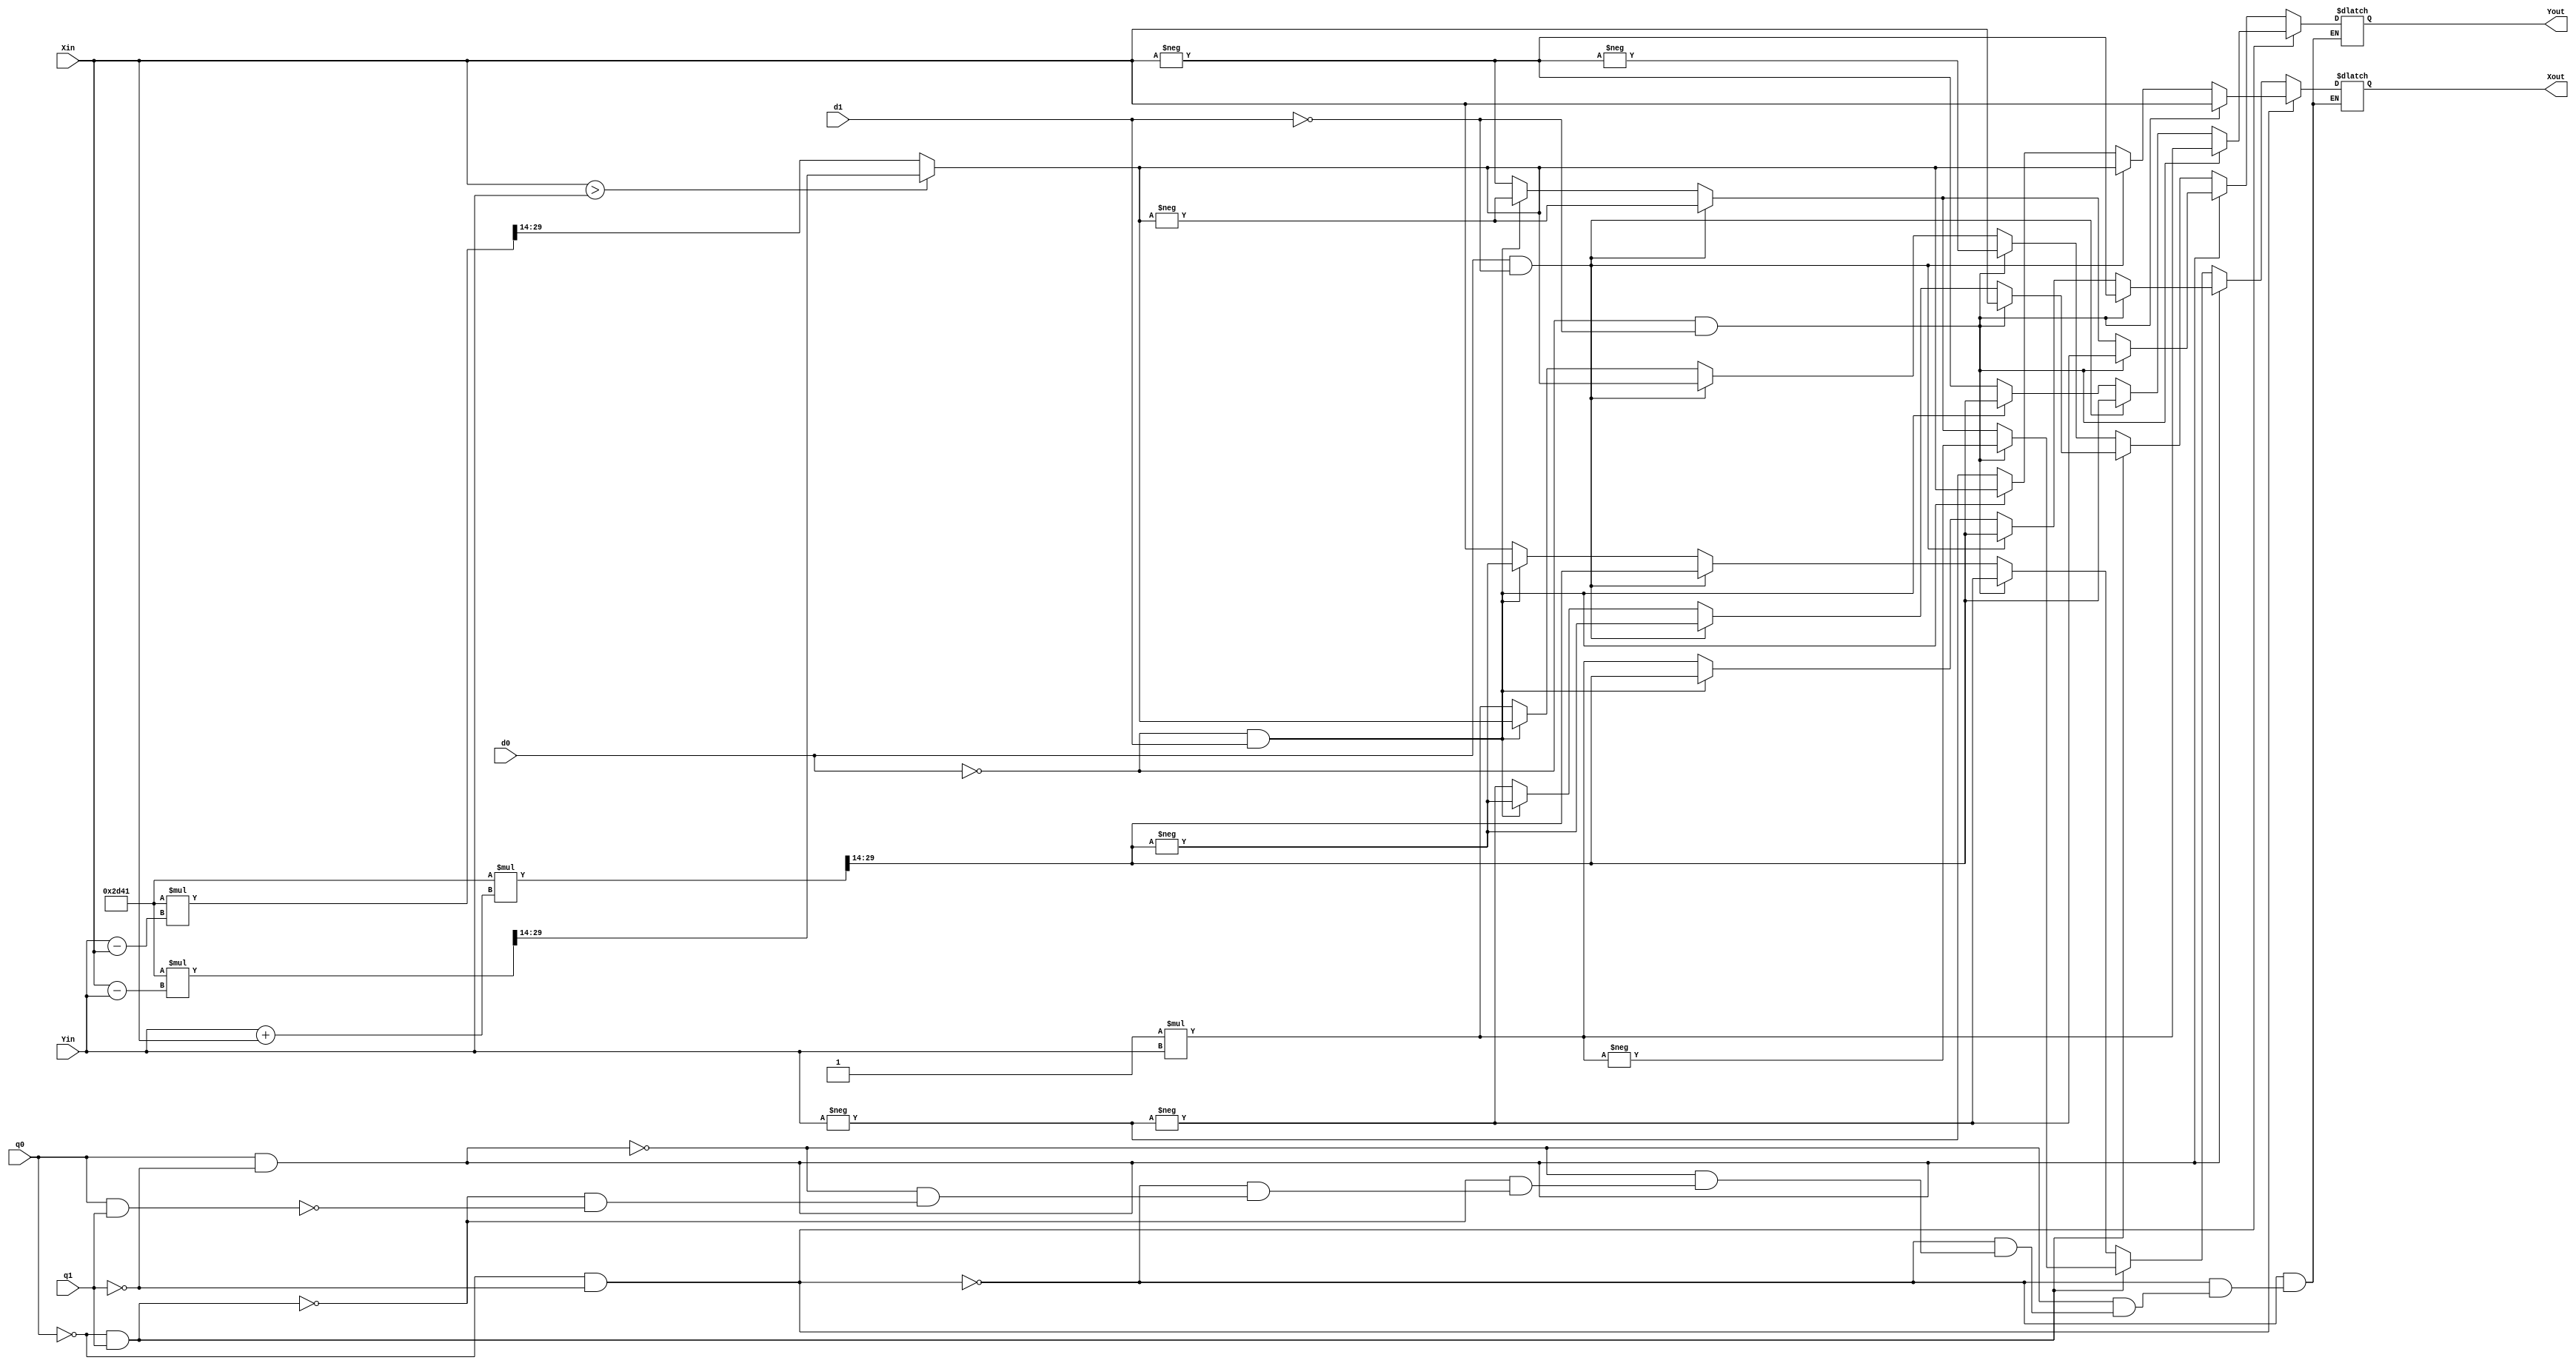
`timescale 1ns / 1ps

module post_processing(d1,d0,q0,q1,Xin,Yin,Xout,Yout);
input d1,d0,q1,q0;
input signed [15:0] Xin,Yin;
output reg signed [15:0] Xout,Yout;
reg signed [35:0] Xtest,Ytest,Xtest2,Ytest2;
reg signed [15:0] Xfa,Yfa,Xfb,Yfb,Xfd,Yfd;
always @(Xin,Yin)
	begin
	Xfa = Xin;
	Yfa = -1*Yin;
	if(Xin > Yin)
	begin
		Xtest =(Xin - Yin);
		Xtest2 = 16'h2D41*Xtest[15:0];
		Xfb = Xtest2 >>> 14;
	end
	else
	begin
		Xtest = (Yin - Xin);
		Xtest2 = 16'h2D41*Xtest[15:0];
		Xfb = Xtest2 >>> 14;
	end
	if((Xin+Yin)>0)
	begin
		Ytest = (Yin +Xin);
		Ytest2 = 16'h2D41*Ytest[15:0];
		Yfb = Ytest2 >>> 14;
	end
	else
	begin
		Ytest = (Yin +Xin);
		Ytest2 = 16'h2D41*Ytest[15:0];
		Yfb = Ytest2 >>> 14;
	end
	Xfd = -Yin;
	Yfd = -Xin;
	end
	
always @(Xfd,Yfd)
begin 
	if(q0 ==0 && q1 == 0)
	begin
		if(d0==0 && d1==0)
		begin
		Xout = Xfa;
		Yout = Yfa;
		end
		else if(d0==1 && d1==0)
		begin
		Xout = Xfb;
		Yout = Yfb;
		end
		else if(d0==0 && d1==1)
		begin
		Xout = Xfb;
		Yout = Yfb;
		end
		else
		begin
		Xout = Xfd;
		Yout = Yfd;
		end
	end
	else if(q0 ==1 && q1 == 0)
	begin
		if(d0==0 && d1==0)
		begin
		Xout = Yfd;
		Yout = -Xfd;
		end
		else if(d0==1 && d1==0)
		begin
		Xout = Yfb;
		Yout = -Xfb;
		end
		else if(d0==0 && d1==1)
		begin
		Xout = Yfb;
		Yout = -Xfb;
		end
		else
		begin
		Xout = Yfa;
		Yout = -Xfa;
		end
	end
	else if(q0 ==0 && q1 == 1)
	begin
		if(d0==0 && d1==0)
		begin
		Xout = -Yfa;
		Yout = Xfa;
		end
		else if(d0==1 && d1==0)
		begin
		Xout = -Xfb;
		Yout = -Yfb;
		end
		else if(d0==0 && d1==1)
		begin
		Xout = -Xfb;
		Yout = -Yfb;
		end
		else
		begin
		Xout = Yfd;
		Yout = -Xfd;
		end
	end
	else if(q0 ==1 && q1 == 1)
	begin
		if(d0==0 && d1==0)
		begin
		Xout = -Xfd;
		Yout = -Yfd;
		end
		else if(d0==1 && d1==0)
		begin
		Xout = Yfb;
		Yout = Xfb;
		end
		else if(d0==0 && d1==1)
		begin
		Xout = -Yfb;
		Yout = Xfb;
		end
		else
		begin
		Xout = Xfa;
		Yout = Yfa;
		end
	end
end
		
endmodule